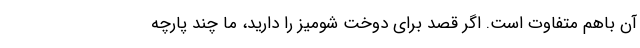
آن باهم متفاوت است. اگر قصد برای دوخت شومیز را دارید، ما چند پارچه